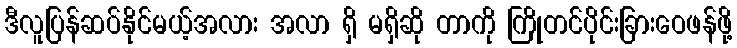
ဒီလူပြန်ဆပ်နိုင်မယ့်အလား အလာ ရှိ မရှိဆို တာကို ကြိုတင်ပိုင်းခြားဝေဖန်ဖို့